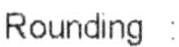
ROUNDING :